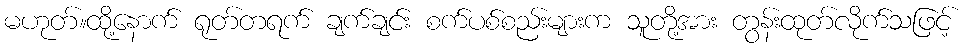
မဟုတ်။ထို့နောက် ရုတ်တရက် ချက်ချင်း စက်ပစ်စည်းများက သူတို့အား တွန်းထုတ်လိုက်သဖြင့်